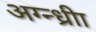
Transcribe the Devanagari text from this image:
अग्न्ध्रीा